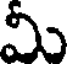
మీ